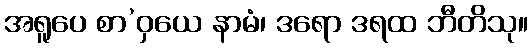
အရူပေ စာ’ဝှယေ နာမံ၊ ဒရော ဒရထ ဘီတိသု။